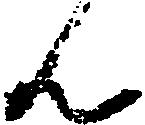
ん